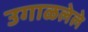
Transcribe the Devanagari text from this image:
उगाळलेले